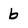
Character: b